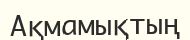
Ақмамықтың